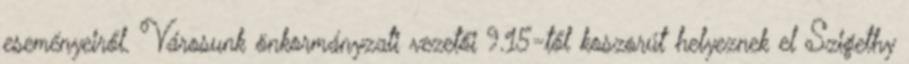
eseményeiről. Városunk önkormányzati vezetői 9.15-től koszorút helyeznek el Szigethy